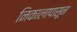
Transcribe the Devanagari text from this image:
निकालापासून